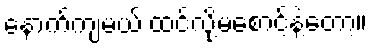
နောက်ကျမယ် ထင်လို့မစောင့်နဲ့တော့။